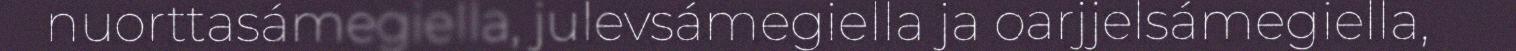
nuorttasámegiella, julevsámegiella ja oarjjelsámegiella,